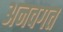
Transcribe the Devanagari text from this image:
अनवगत